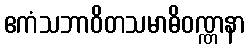
ဧကံသဘာဝိတသမာဓိဝဏ္ဏနာ